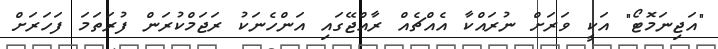
"އަޖިނަމޮޓޯ" އަކީ ވަރަށް ނުރައްކާ އެއްޗެއް ރާއްޖޭގައި އަންހެނަކު ރަޖަމްކުރަން ފުރަތަމަ ފަހަރަށް